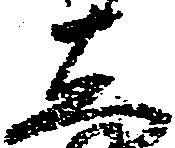
し